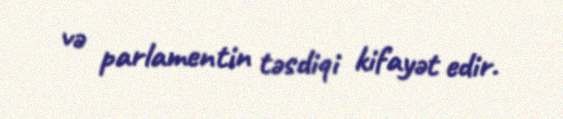
və parlamentin təsdiqi kifayət edir.